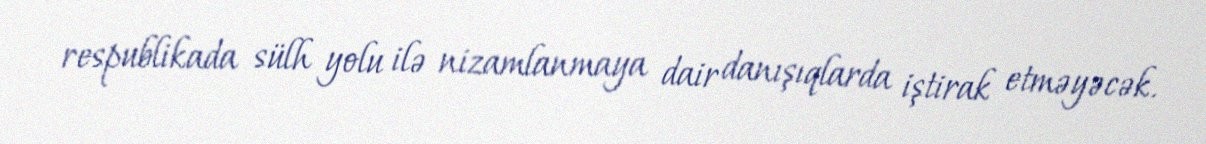
respublikada sülh yolu ilə nizamlanmaya dair danışıqlarda iştirak etməyəcək.